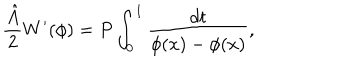
LaTeX: \frac { { \hat { A } } } { 2 } W ^ { \prime } ( \phi ) = P \int _ { 0 } ^ { 1 } \frac { d t } { \phi ( x ) - \phi ( x ) } ,